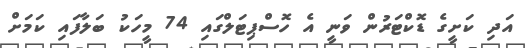
އަދި ކަށީގެ ޑޮކްޓަރުން ވަނީ އެ ހޮސްޕިޓަލްގައި 74 މީހަކު ބަލާފައި ކަމަށް